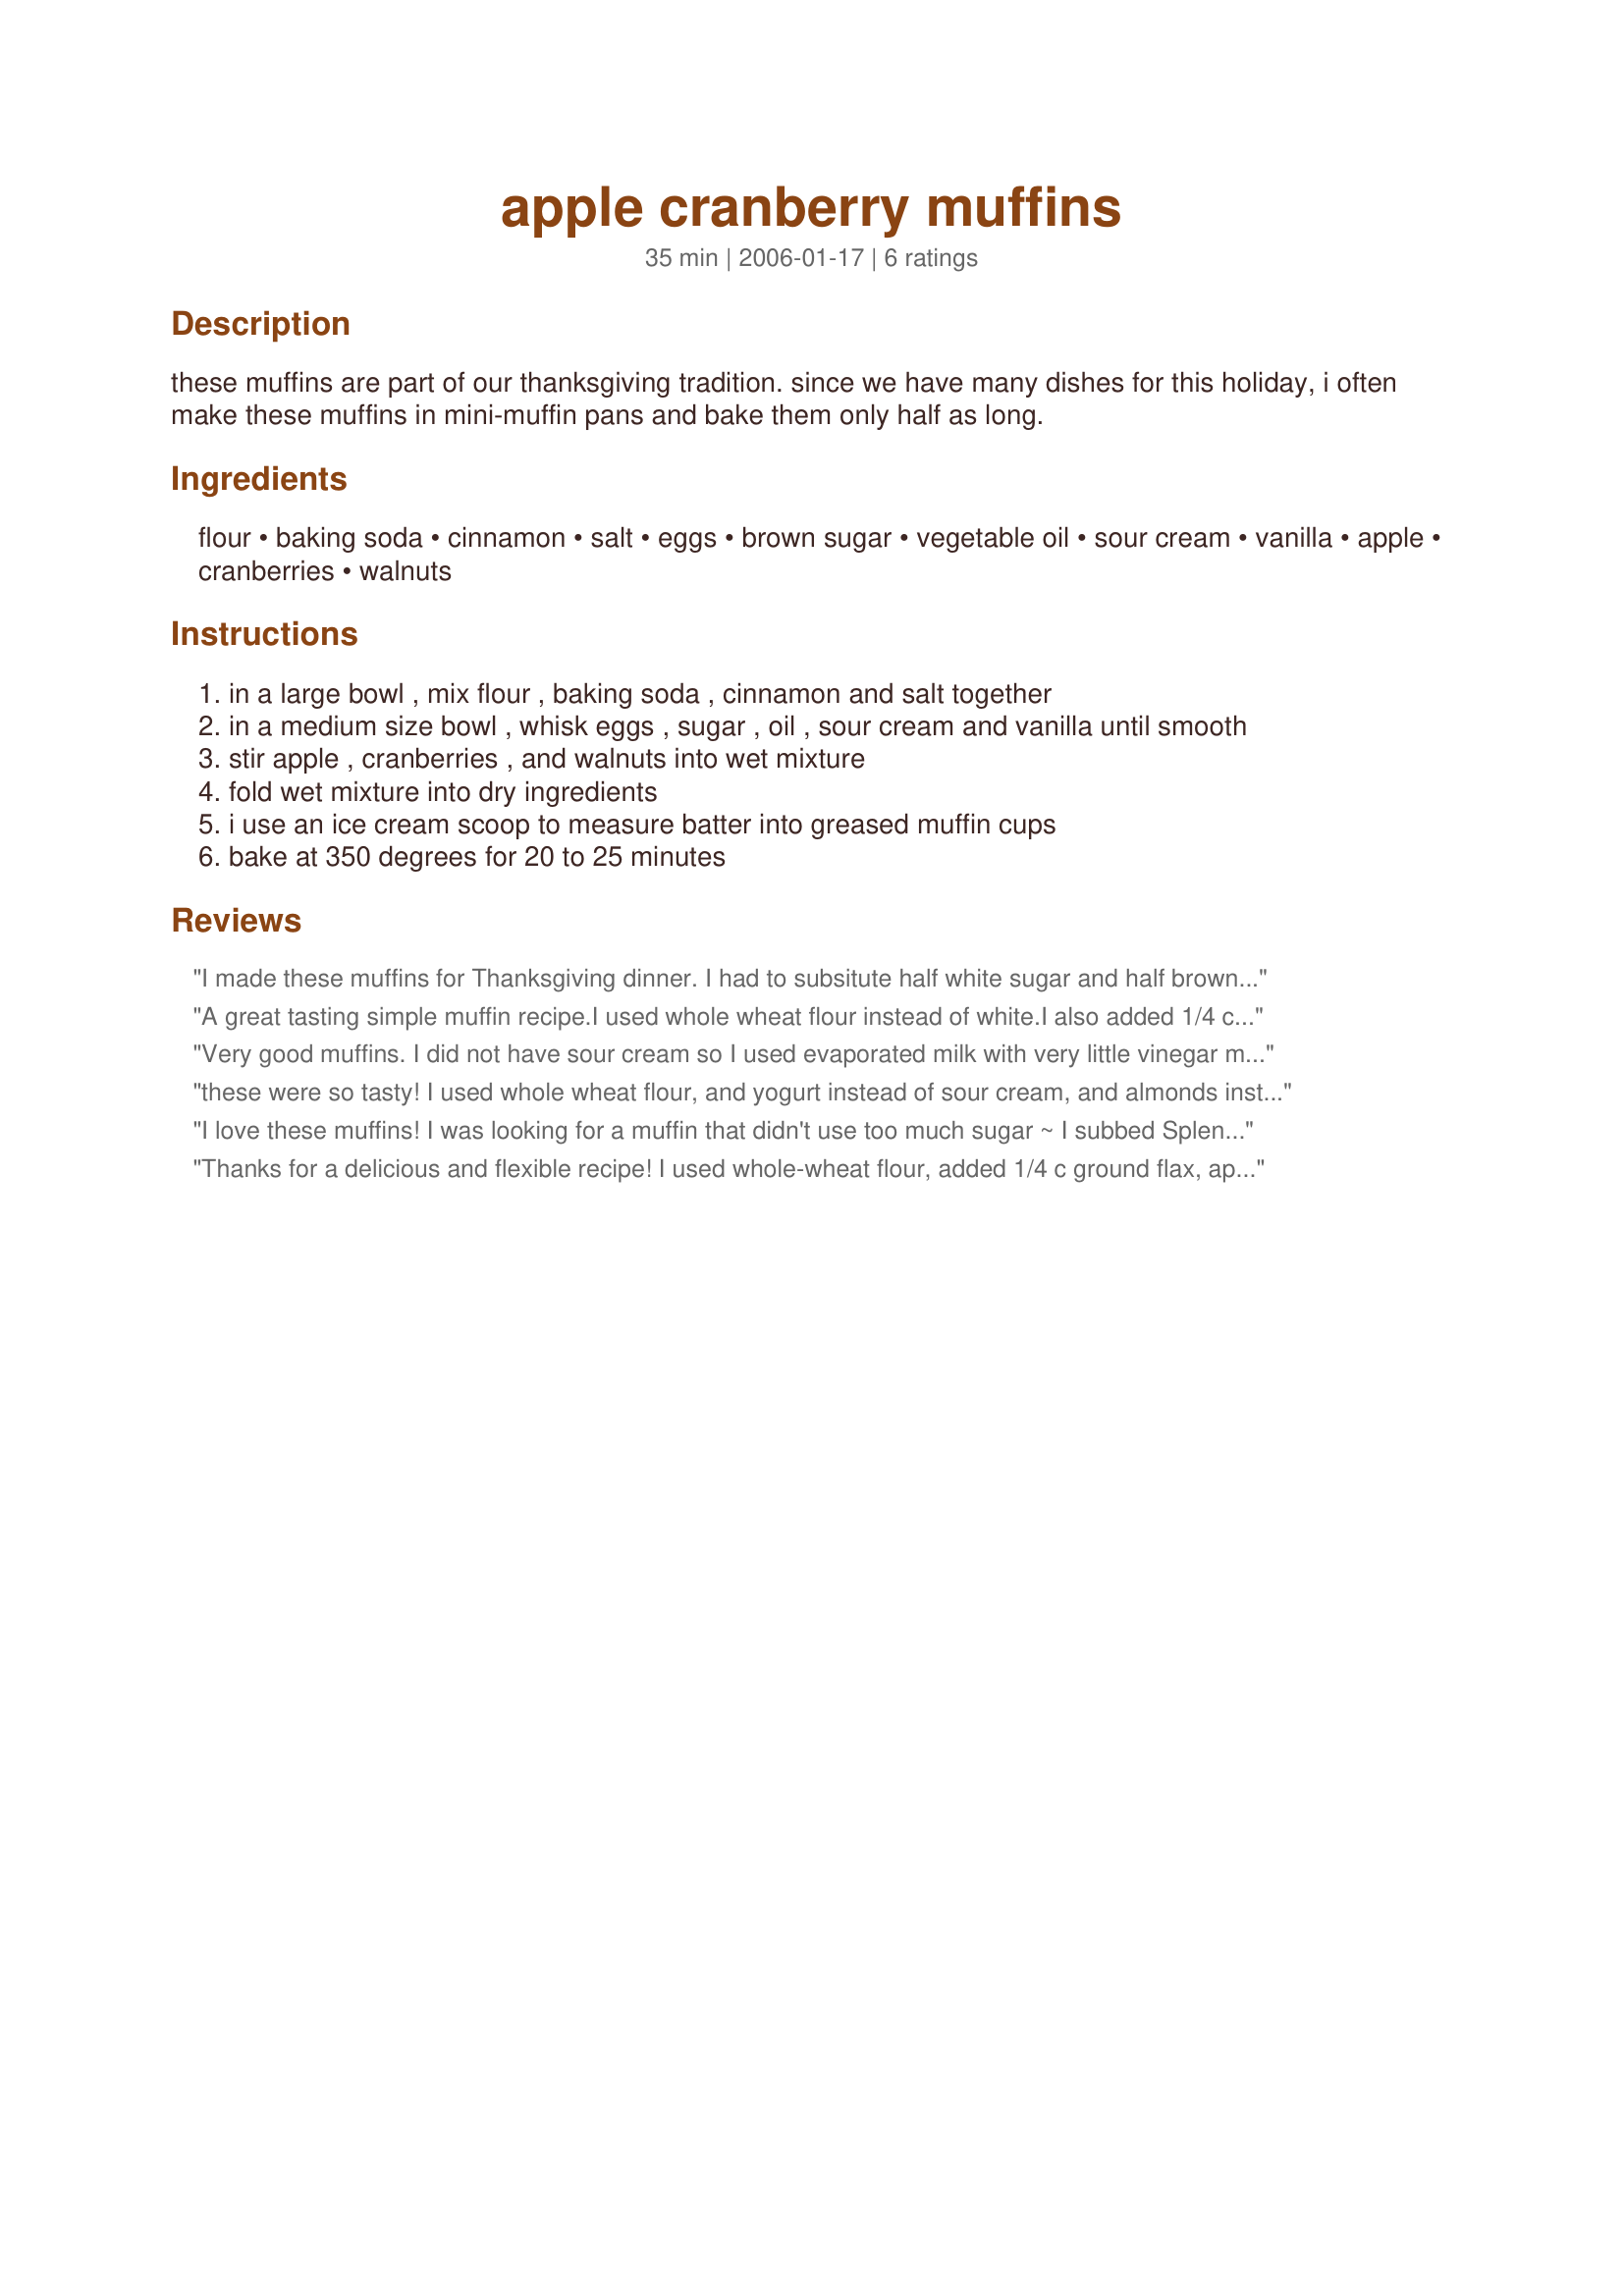
apple cranberry muffins
Preparation time: 35 minutes

these muffins are part of our thanksgiving tradition. since we have many dishes for this holiday, i often make these muffins in mini-muffin pans and bake them only half as long.

Ingredients:
flour, baking soda, cinnamon, salt, eggs, brown sugar, vegetable oil, sour cream, vanilla, apple, cranberries, walnuts

Steps:
in a large bowl , mix flour , baking soda , cinnamon and salt together
in a medium size bowl , whisk eggs , sugar , oil , sour cream and vanilla until smooth
stir apple , cranberries , and walnuts into wet mixture
fold wet mixture into dry ingredients
i use an ice cream scoop to measure batter into greased muffin cups
bake at 350 degrees for 20 to 25 minutes

Reviews:
I made these muffins for Thanksgiving dinner. I had to subsitute half white sugar and half brown sugar for the 3/4 cup of brown sugar (I didn't realize that I was so low on brown sugar). I don't think that it affected the muffins at all. I love the combination of apples, cranberries and walnuts! I toasted the walnuts prior to adding them to the batter. Thank you for sharing this recipe! I will definitely make these again!
A great tasting simple muffin recipe.I used whole wheat flour instead of white.I also added 1/4 cup of flax and 1/4 cup wheat germ.I also omitted the salt.
Very good muffins. I did not have sour cream so I used evaporated milk with very little vinegar mixed in just to sour it. Seemed to work. I also used apple sauce for the oil. I divided the batter in half and add walnut to one and almonds in the other both were very good. I do think I could have added a lot more cranberries. Will make again. Thank you for the recipe.
these were so tasty! I used whole wheat flour, and yogurt instead of sour cream, and almonds instead of walnuts. They were moist and a great way to use cranberries, will definitely be making these again.
I love these muffins! I was looking for a muffin that didn't use too much sugar ~ I subbed Splenda brown sugar blend for the regular brown sugar and it worked perfectly. I used pecans because that's what I pulled out of the freezer and toasted them up in a dry frying pan on my cooktop. The muffins are very moist and I love the combo of cranberries, Granny Smith apple and toasted pecans. The recipe made 12 muffins just as stated. Thank you for posting a keeper!
Thanks for a delicious and flexible recipe! I used whole-wheat flour, added 1/4 c ground flax, apple sauce instead of oil, yogurt instead of sour cream, and 1 cup each of apples (1 large Cortland) and cranberries. My only change would be to double the cinnamon. These will definitely be remade.
